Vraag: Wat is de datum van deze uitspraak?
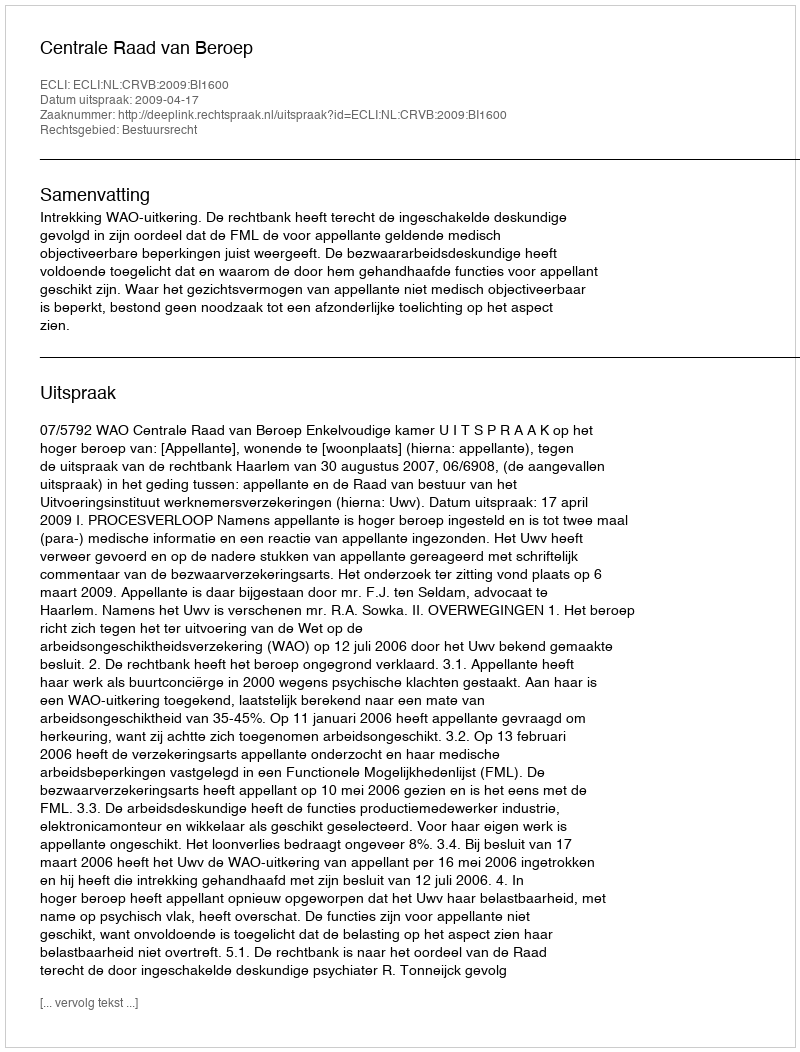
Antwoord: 2009-04-17